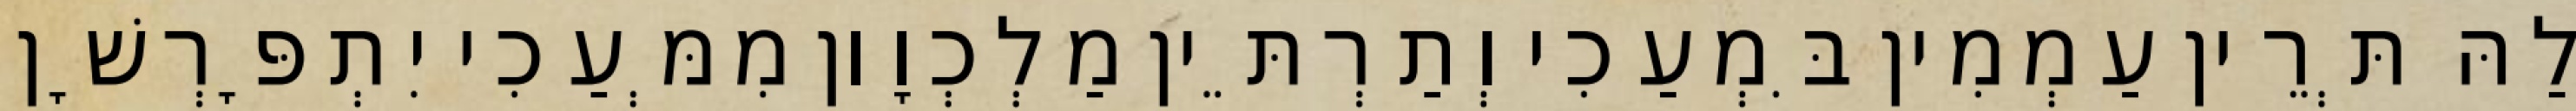
לַהּ תְּרֵין עַמְמִין בִּמְעַכִי וְתַרְתֵּין מַלְכְוָון מִמְּעַכִי יִתְפָּרְשָׁן